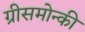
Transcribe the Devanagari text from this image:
ग्रीसमोन्की